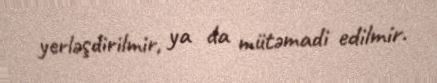
yerləşdirilmir, ya da mütəmadi edilmir.